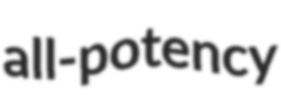
all-potency